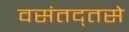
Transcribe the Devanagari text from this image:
वसंतद्तसे